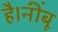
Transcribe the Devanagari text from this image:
है।नींबू